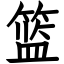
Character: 篮